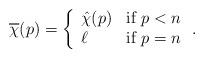
LaTeX: \begin{align*}\overline{\chi}(p) = \left\{\begin{array}{ll}\hat{\chi}(p) & \mbox{if } p < n \\\ell & \mbox{if } p = n\end{array} \right. .\end{align*}